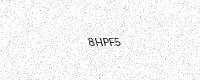
Text: 8HPF5